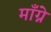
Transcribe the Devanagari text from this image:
माँग्ने